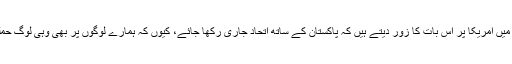
آصف علی زرداری بھی اسی طرح قدرے مشترکہ سوچتے ہوئے اپنے مضمون میں امریکا پر اس بات کا زور دیتے ہیں کہ پاکستان کے ساتھ اتحاد جاری رکھا جائے، کیوں کہ ہمارے لوگوں پر بھی وہی لوگ حملہ کر رہے ہیں جو امریکیوں اور باقی معصوموں کے اوپر حملے کر رہے ہیں۔